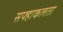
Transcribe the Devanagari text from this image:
सफ्हाकलता